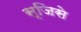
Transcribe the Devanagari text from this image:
स्जिसे